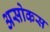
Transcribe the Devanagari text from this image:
असोकस